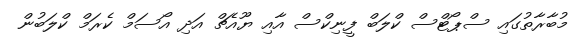
މުބާރާތުގައި ސްޕޯޓްސް ކްލަބް ފީނިކްސް އާއި ޔޫއެޗް އަދި އޯސަމް ކެރަމް ކްލަބުން